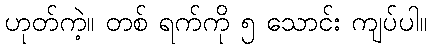
ဟုတ်ကဲ့။ တစ် ရက်ကို ၅ သောင်း ကျပ်ပါ။